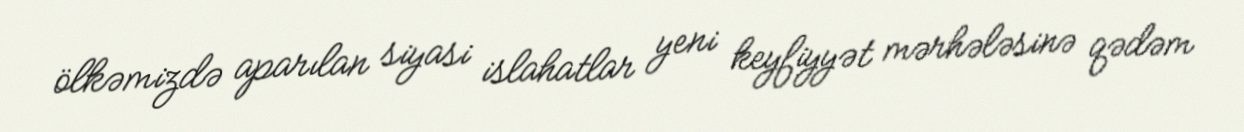
ölkəmizdə aparılan siyasi islahatlar yeni keyfiyyət mərhələsinə qədəm